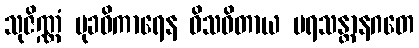
သုဇိဏ္ဏံ မုခဝိကာရေန ဝိသဝိတာယ ပရသန္တာနဂတေ